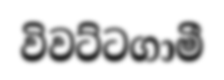
විවට්ටගාමී